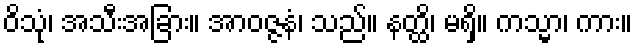
ဝိသုံ၊ အသီးအခြား။ အာဝဇ္ဇနံ၊ သည်။ နတ္ထိ၊ မရှိ။ ကသ္မာ၊ ကား။